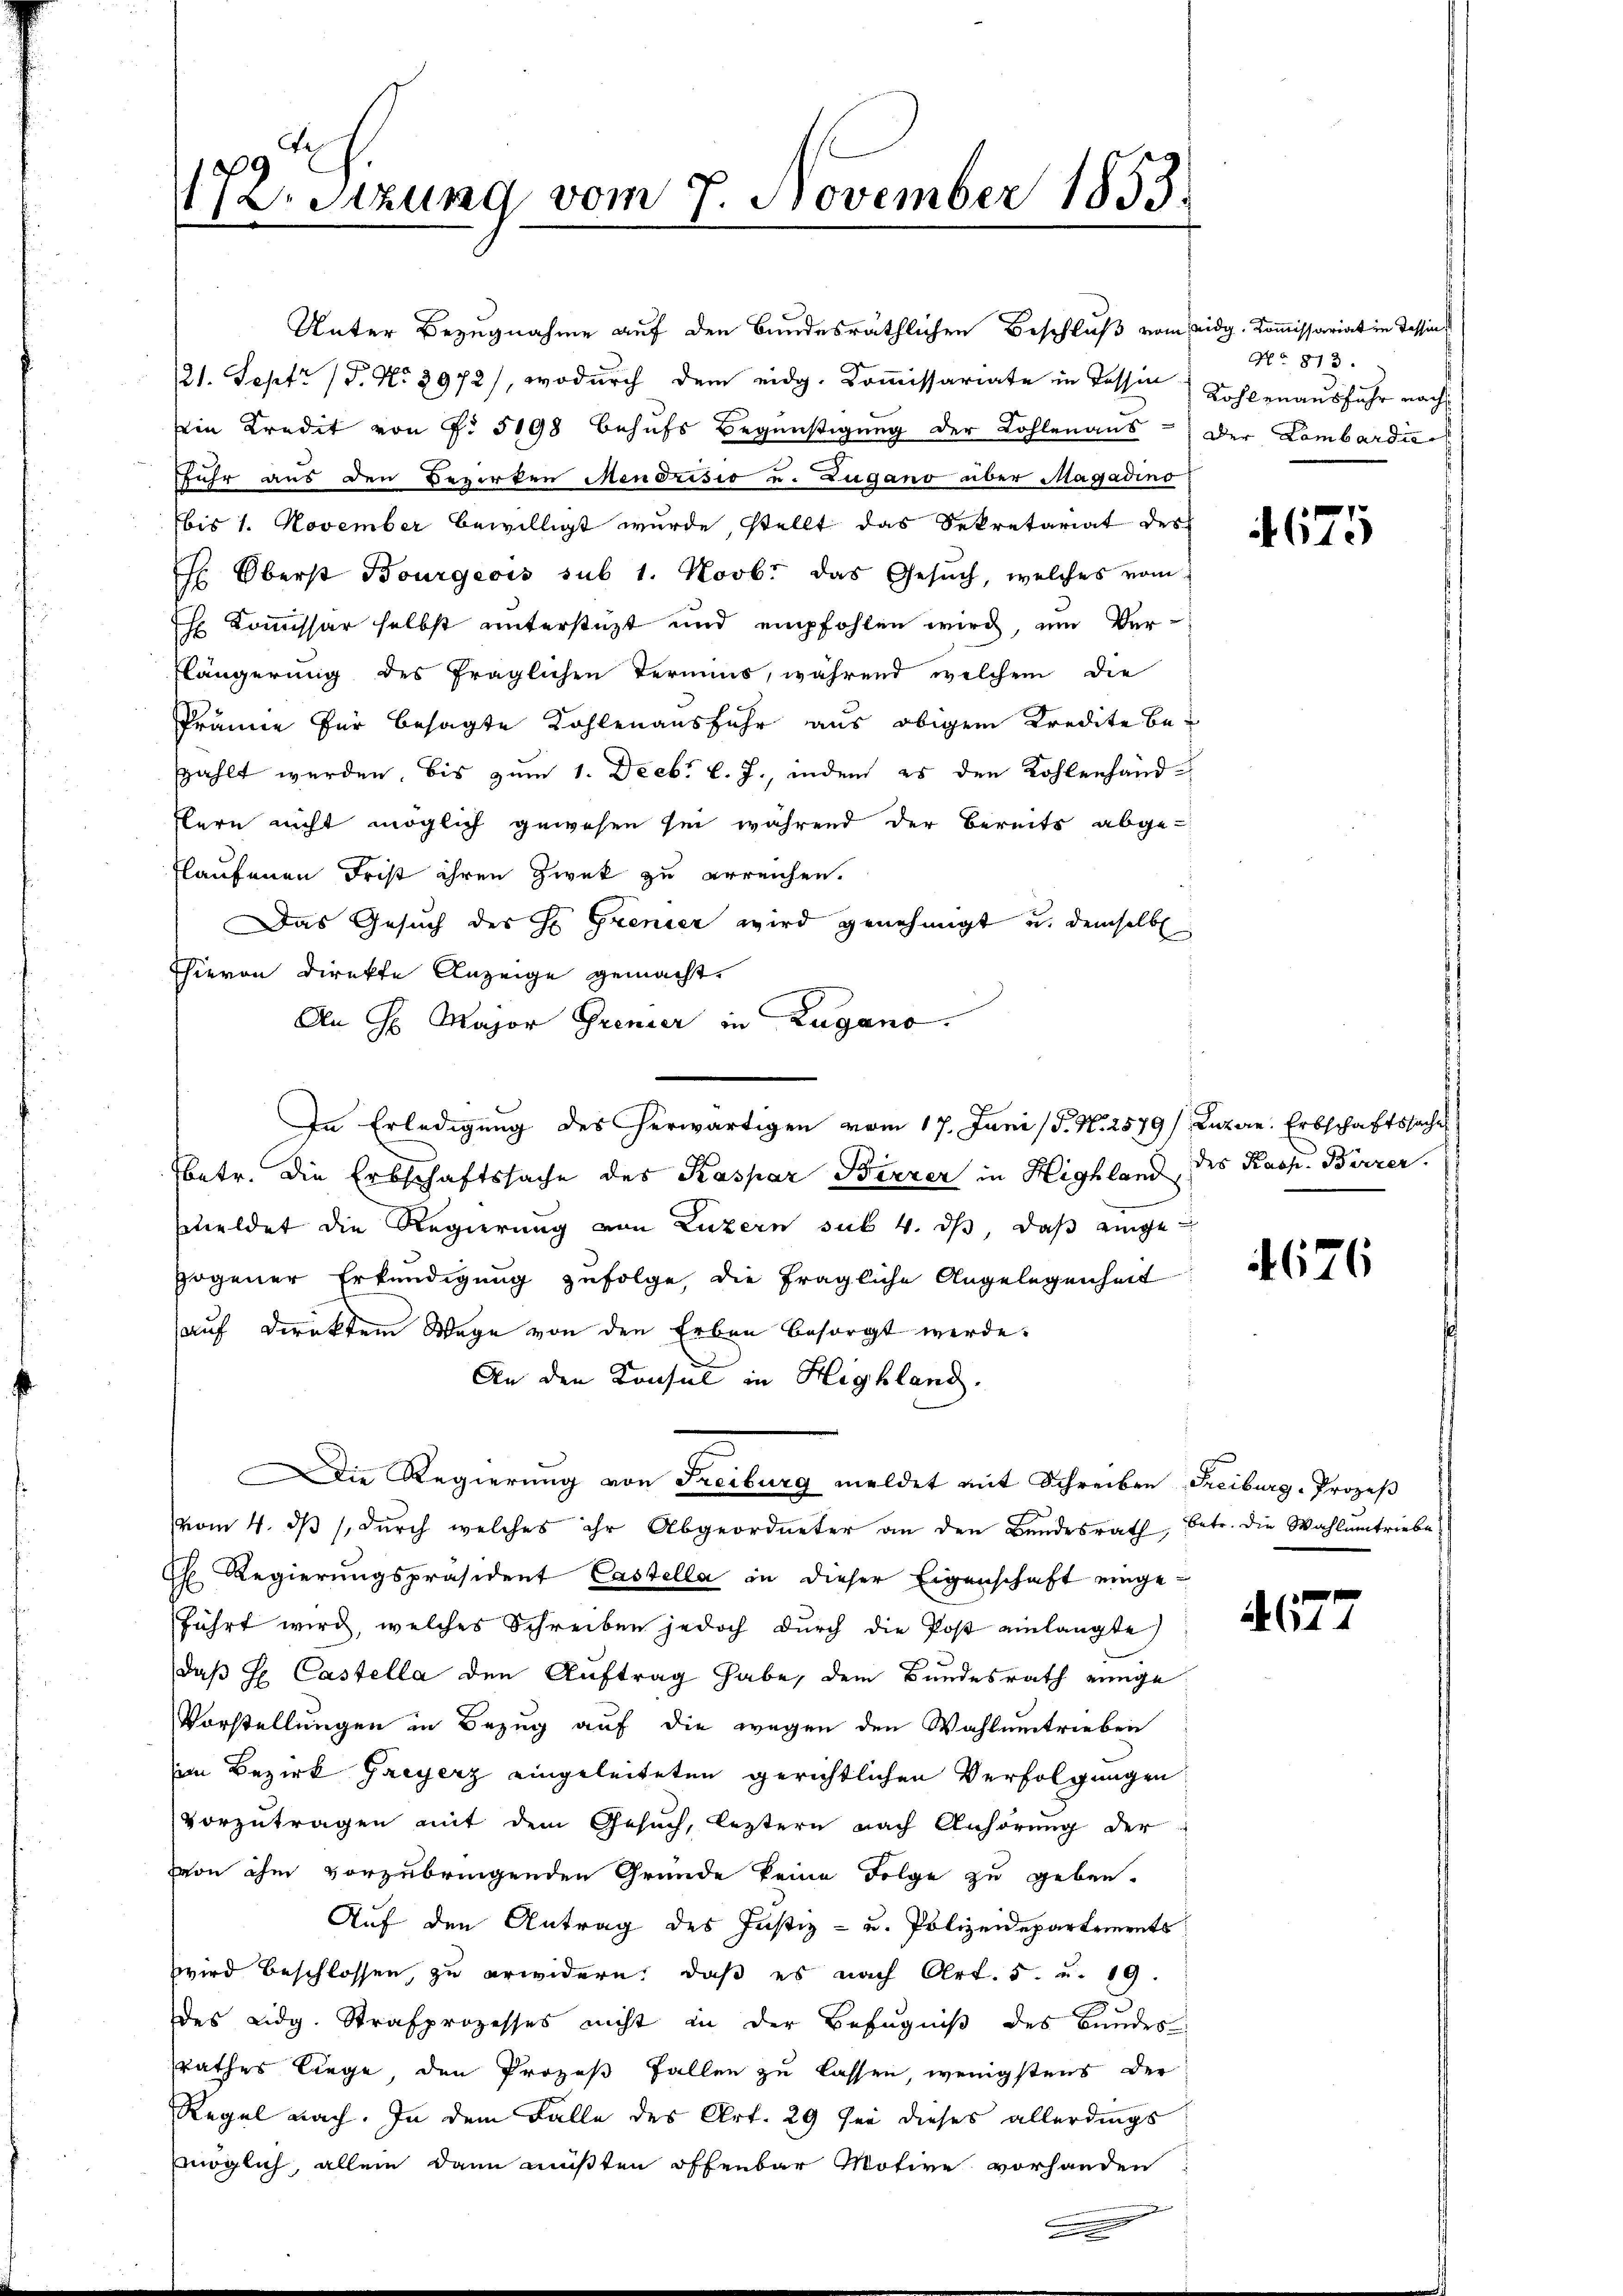
Unter Bezugnahme auf den Bundesräthlichen Beschluß vom Eidg. Kommissariat in Tessin
/21. Sept. (T. No. 2972), wodurch dem eidg. Kommissariate in Tessin
ein Kredit von P. 5198 behŭfs Begünstigung der Kohlenaus - Der Lombardi
fuhr aus den Bezirken Mendrisio u. Zugano über Magadino
bis 1. November bewilligt wurde, stellt das Sekretariat des
 Oberst Bourgeois sub 1. Novb. das Gesŭch, welches vom
Eh Kommissar selbst unterstüzt und empfohlen wird, um Ver¬
Klängerung des fraglichen Termins, während welchem die
Prämie für besagte Kohlenausfuhr aus obigem Kredite be-
zahlt werden, bis zum 1. Decbr. l. J., indem es den Kohlenhand-
Flern nicht möglich gewesen sei während der Bereits abgeflaufenen Frist ihren Zweck zu erreichen.
Das Gesuch des H. Grenier wird genehmigt u. demselb
Hievon Direkte Anzeige gemacht.
An H. Major Grenzer in Zugano.
In Erledigung des herwärtigen vom 17. Juni /F. N. 2579/ Luzern. Erbschaftssache
betr. die Erbschaftssache des Kaspar Birrer in Highland, des Kasp. Bierer
Emeldet die Regierung von Luzern sub. 4. ds, daß eingegogener Erkundigung zufolge, die fragliche Angelegenheit
auf Direktem Wege von den Erben besorgt werde.
An den Konsul in Highland.
Die Regierung von Freiburg meldet mit Schreiben Freiburg-Prozeß
vom 4. ds. durch welches ihr Abgeordneter an den Bundesrath, betr. die Wahlamtriebe
Ehl Regierungspräsident Castella in dieser Eigenschaft eingeführt wird, welches Schreiben jedoch durch die Post einlangte
daß H. Castella den Auftrag habe, dem Bundesrath einge
Vorstellungen in Bezug auf die wegen den Wahlumetrieben
im Bezirk Greyerz eingeleiteten gerichtlichen Verfolgungen
vorzutragen mit dem Gesuch, leztern nach Anhörung der
von ihm vorzubringenden Gründe keine Folge zu geben.
Auf den Antrag des Justiz- u. Polizeidepartements
wird beschlossen, zu erwidern: daß es nach Art. 5. u. 19.
des Lidg. Strafprozesses nicht in der Befugniß des Bundes
srathes liege, den Prozeß Fallen zu lassen, wenigstens der
Regel nach. In dem Falle des Art. 29 sei dieses allerdings
möglich, allein dann müßten offenbar Motive vorhanden

172. Sitzung vom 7. November 1833.

.

No. 813.
Kohlenausfuhr nach

4675

4626

477